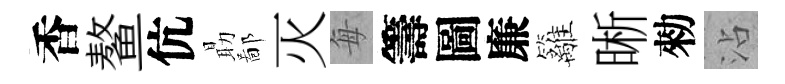
香鳌伉朂鄙灭每籌圖廉籬晰勑沾